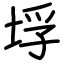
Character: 垺